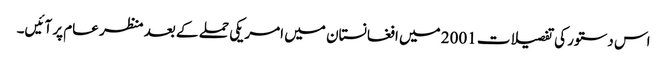
اس دستور کی تفصیلات 2001 میں افغانستان میں امریکی حملے کے بعد منظر عام پر آئیں۔